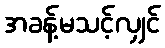
အခန့်မသင့်လျှင်